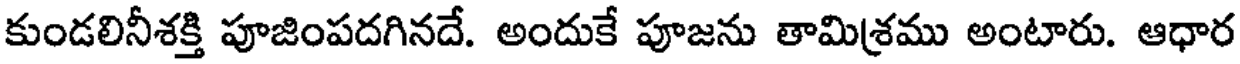
కుండలినీశక్తి పూజింపదగినదే. అందుకే పూజను తామిశము అంటారు. ఆధార